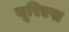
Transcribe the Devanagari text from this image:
यूरिएस